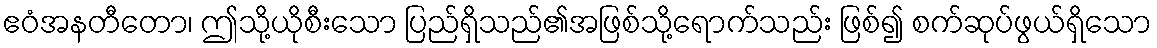
ဧဝံအနတီတော၊ ဤသို့ယိုစီးသော ပြည်ရှိသည်၏အဖြစ်သို့ရောက်သည်း ဖြစ်၍ စက်ဆုပ်ဖွယ်ရှိသော